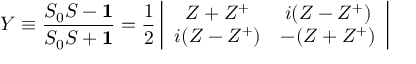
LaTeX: Y \equiv \frac { S _ { 0 } S - { \bf 1 } } { S _ { 0 } S + { \bf 1 } } = \frac { 1 } { 2 } \left| \begin{array} { c c } { { Z + Z ^ { + } } } & { { i ( Z - Z ^ { + } ) } } \\ { { i ( Z - Z ^ { + } ) } } & { { - ( Z + Z ^ { + } ) } } \end{array} \right|